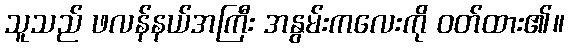
သူသည် ဖလန်နယ်အကြီး အနွမ်းကလေးကို ဝတ်ထား၏။